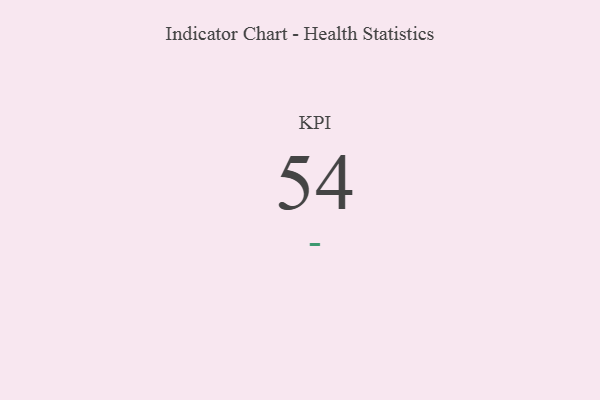
{"axis": {"x": "KPI", "y": "Value"}, "legend": [""], "data": [{"x": "KPI", "y": 54, "type": ""}]}